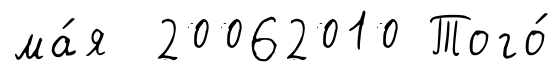
ма́я 20062010 Того́